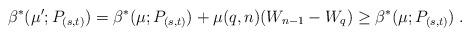
LaTeX: \begin{align*} \beta^*(\mu';P_{(s,t)}) = \beta^*(\mu;P_{(s,t)})+\mu(q,n)(W_{n-1}-W_q) \geq \beta^*(\mu;P_{(s,t)})\;.\end{align*}